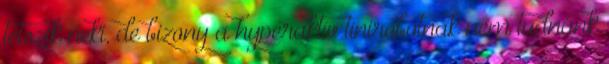
tetszik neki, de bizony a hyperaktív tinirobotnak nem tudnánk